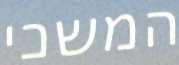
המשכי